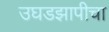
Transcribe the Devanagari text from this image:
उघडझापीचा